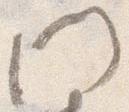
門